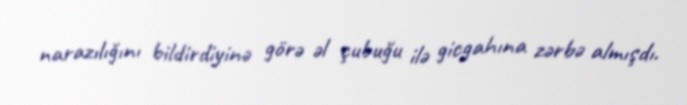
narazılığını bildirdiyinə görə əl çubuğu ilə gicgahına zərbə almışdı.